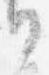
日